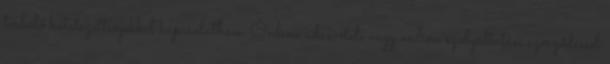
terhelő kötelezettségekkel kapcsolatban. Online adásvételi vagy online szolgáltatási szerződéssel